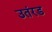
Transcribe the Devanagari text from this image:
उतंरड